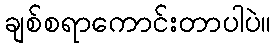
ချစ်စရာကောင်းတာပါပဲ။